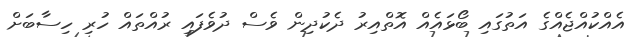
އެއްކުއްޖެއްގެ އަތުގައި ބޯޅައެއް އޮތްއިރު ދެކުދިން ވެސް ދުވެފައި ރުއްތައް ހުރި ހިސާބަށް